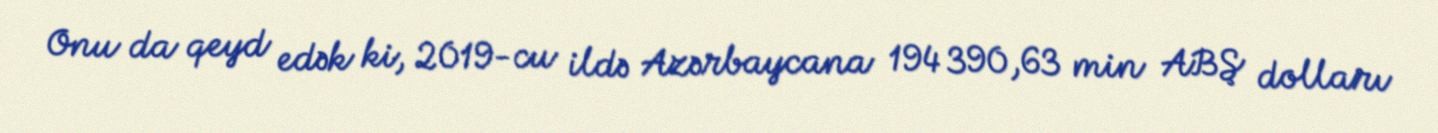
Onu da qeyd edək ki, 2019-cu ildə Azərbaycana 194 390,63 min ABŞ dolları